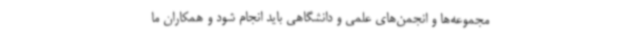
مجموعه‌ها و انجمن‌های علمی و دانشگاهی باید انجام شود و همکاران ما